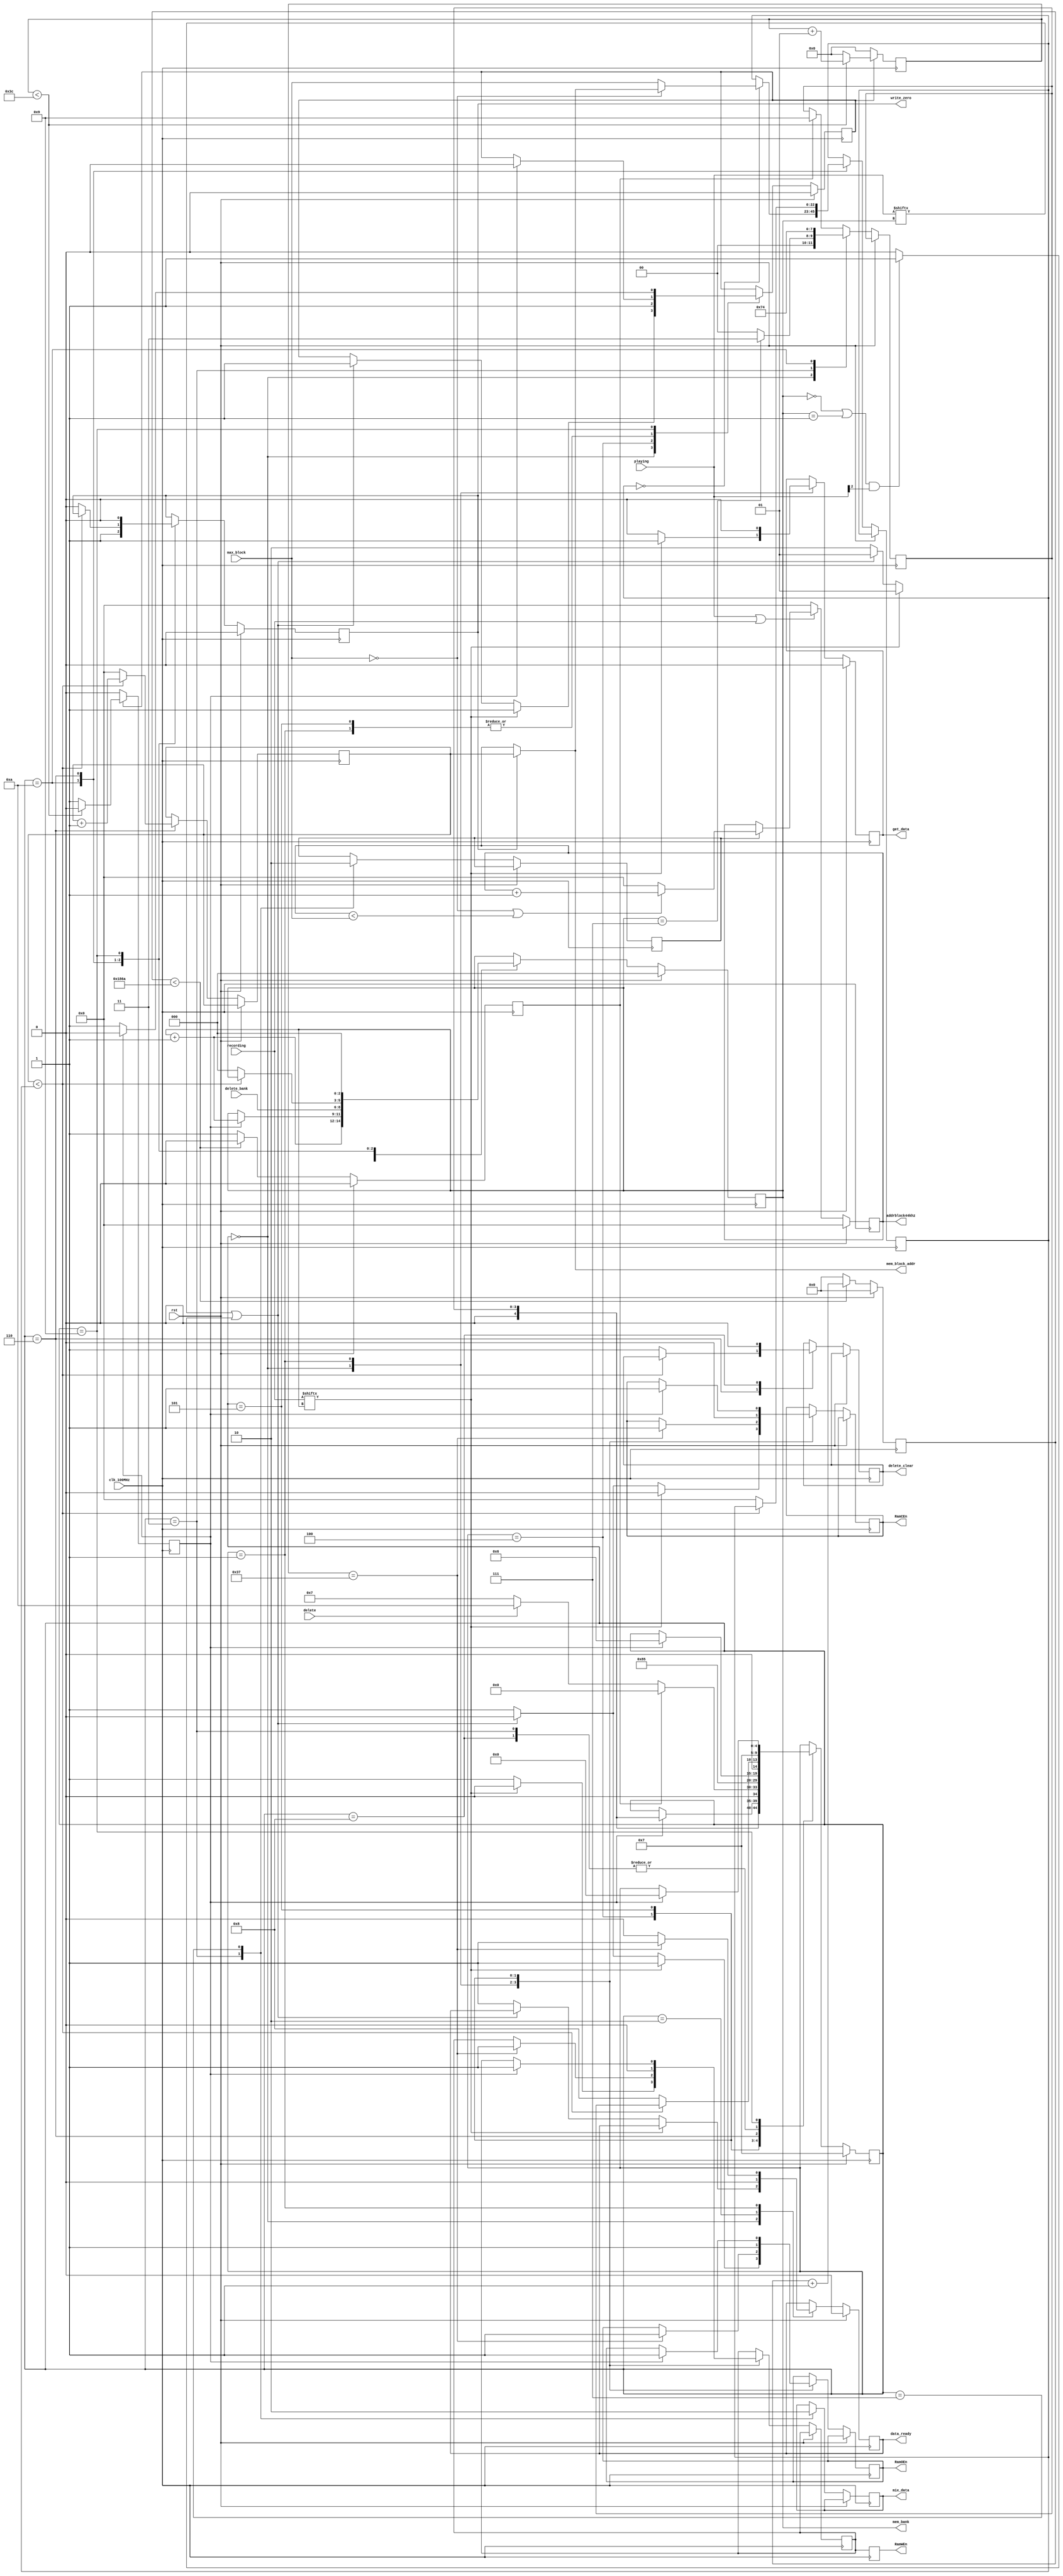
`timescale 1ns / 1ps
//////////////////////////////////////////////////////////////////////////////////
// Company: 
// Engineer: 
// 
// Design Name: 
// Module Name: mem_ctrl
// Project Name: 
// Target Devices: 
// Tool Versions: 
// Description: 
// 
// Dependencies: 
// 
// Revision:
// Revision 0.01 - File Created
// Additional Comments:
// 
//////////////////////////////////////////////////////////////////////////////////


module mem_ctrl(

    input clk_100MHz,
    input rst,
    
    
    input [7:0] playing,
    
    input [7:0] recording,
    
    input delete,
    input [2:0] delete_bank,
    
    input [22:0] max_block,
    
    output reg delete_clear,
    
    output reg RamCEn,
    output reg RamOEn,
    output reg RamWEn,
    output reg write_zero,
    output reg get_data,
    output reg data_ready,
    output reg mix_data,
    
    output reg [22:0] addrblock44khz,
    output [22:0] mem_block_addr,
    output reg [2:0] mem_bank

);    
    
    initial delete_clear = 0;
    initial write_zero = 0;    
    initial get_data = 0;  
    initial data_ready = 0;
    initial mix_data=0;
    initial mem_bank=0;
    initial addrblock44khz = 0;
    
    //State machine states
    parameter BANK = 4'b0000;
    parameter FLAG = 4'b0010;
    parameter BANK_ACK = 4'b0001;
    parameter INC_BLOCK = 4'b0011;
    parameter WAIT = 4'b0111;
    parameter DELETE = 4'b0100;
    parameter DELETE_ACK = 4'b0101;
    parameter DELETE_INC = 4'b0110;
    parameter ONECYCLE = 4'b1000;
    parameter ENTERDELETE = 4'b1010;
    parameter LEAVEDELETE = 4'b1001;
    
    parameter MHz44cnt = 6250;//2268; 44.1k
//parameter MHz44cnt = 200;
    wire address_enable;
    assign address_enable = playing || recording;
    reg [12:0] count=0;
    
    reg [4:0]pstate = WAIT;
    reg [3:0] nstate = BANK;
    reg delay_done = 0;
    reg counterEnable=0;
    reg increment=0;
    reg pulse=0;
    integer counter = 0;
    reg [22:0] max_delete_block=0;
    reg [22:0] delete_address=0;
    reg WEn_d1=1;
    
    assign mem_block_addr = (write_zero==0) ? addrblock44khz : delete_address;// Mem_block address is driven to delete_address only if write_zero is on
   
   //Generates a 44.1Khz pulse
always @ (posedge(clk_100MHz))begin
    if(rst == 1)begin
        count <= 0;
        pulse <= 0;
    end
    else if( count < MHz44cnt)begin
        count <= count + 1;
        pulse <= 0;
    end
    else begin //count is at max, triggers every 44.1KHz
        pulse <= 1; //trigger pulse
        count <= 0;//reset count
    end      
end
    
    //44Khz block incrementer
always @ (posedge(clk_100MHz)) begin
    if (rst==1)addrblock44khz<=0;
    else if (address_enable==0)addrblock44khz<=0;
    else if(increment==1)begin
        if(max_block==0 || addrblock44khz < max_block)
            addrblock44khz <= addrblock44khz + 1;
        else
            addrblock44khz <= 0;
    end
end
    
    
always @(posedge(clk_100MHz))begin
    RamWEn<=WEn_d1;
end
wire mixbank;
assign mixbank = ((mem_bank == 0 || mem_bank == 1 ) && playing[2] == 1) ? 1'b1 : 1'b0;        
always @ (posedge clk_100MHz)
begin
    if (rst == 1)begin
        pstate <= WAIT;
        counterEnable <= 0;
        write_zero <= 0;
        get_data<=0;
        data_ready<=0;
        mem_bank<=0;
        end
    else begin
    if (pulse==1)nstate<=LEAVEDELETE;
    case (pstate)
    /////////////////////////BANK 0
        BANK : begin
            if(mem_bank==7)nstate<=INC_BLOCK;//Last mem_bank
            else nstate <= BANK;  
            if(recording[mem_bank] == 1)begin
                get_data <= 1;
                counterEnable <= 1;
                RamCEn<=0;
                RamOEn<=1;
                WEn_d1<=0;
                pstate<=BANK_ACK;
            end
            else if(playing[mem_bank] == 1 || mixbank)begin
                get_data<=0;
                RamCEn <= 0;
                RamOEn <= 0;
                WEn_d1 <= 1;
                counterEnable <= 1;
                pstate<=BANK_ACK;
            end
            else begin
                get_data<=0;
                RamCEn <= 1;
                RamOEn <= 1;
                WEn_d1 <= 1;
                data_ready <= 1;
                pstate <= FLAG;
            end            
        end
        
        FLAG : begin
            data_ready <= 0;
            mem_bank <= mem_bank + 1;//Increment bank by 1 after data_ready pulse
            pstate <= nstate;
        end
        
        BANK_ACK : begin
            get_data<=0;//Turn off get_data pulse
            if (counter==55)begin //At 55 clock cycles, send data_ready pulse, turn off memory signals
                data_ready<=1;
                RamCEn<=1;
                RamOEn<=1;
                WEn_d1<=1;
            end
            else data_ready<=0;//data_ready pulse stays low
            if(delay_done == 1)begin//Delay is done, go to next bank
                pstate <= nstate;
                mem_bank <= mem_bank + 1;//Increment bank by 1
                counterEnable <= 0;
             end
        end
        
        INC_BLOCK: begin
            increment <= 1;
            mix_data<=1;
            nstate <= WAIT;
            pstate <= WAIT;
        end
        
    /////////////////////////Wait
        WAIT: begin
            mix_data <= 0;
            increment <= 0;//Stop incrementing addrblock44khz
            if(pulse == 1)begin
                pstate <= BANK;
            end
            else if(delete == 1)begin
                pstate <= ENTERDELETE;                
            end
            else 
                pstate <= WAIT;
            end
    /////////////////////////Delete Loop
        ENTERDELETE: begin
            if (max_delete_block==0)begin
                if (max_block==0)
                    max_delete_block<=mem_block_addr;
                else
                    max_delete_block<=max_block;
            end
            nstate<=DELETE;
            mem_bank<=delete_bank;//Mem bank to delete_bank
            write_zero <= 1;    //Write a 0 to erase data from memory
            pstate<=DELETE;
        end
        DELETE : begin
            RamCEn <= 0;
            RamOEn <= 1;
            WEn_d1 <= 0; 
            counterEnable <= 1;
            pstate <= DELETE_ACK;
        end
             
        DELETE_ACK : begin
            if(delay_done == 1)begin
                pstate <= DELETE_INC;
                RamCEn <= 1;
                RamOEn <= 1;
                WEn_d1 <= 1;
                counterEnable <= 0;
            end
        end 
         
        DELETE_INC : begin
            if(delete_address < max_delete_block)begin//Not done erasing
                delete_address<=delete_address+1;
                pstate <= nstate;//Will either go to DELETE, or will go to LEAVEDELETE if a pulse was triggered during erasing
            end
            else begin//Done erasing! 
                delete_clear <= 1; //Flag to clear the delete signal
                delete_address<=0;
                write_zero<=0;
                max_delete_block<=0; 
                mem_bank<=0;    
                pstate <= ONECYCLE;  
            end  
        end 
                     
        ONECYCLE: begin //To kill the delete_clear pulse
           delete_clear<=0;
           pstate <=WAIT;
        end
        
        LEAVEDELETE: begin
            mem_bank<=0;
            write_zero<=0;
            counterEnable<=1;
            if(delay_done==1)begin
                counterEnable<=0;
                pstate<=BANK;
            end
        end
    endcase 
     
   end //end resetn
end         
 
 
 
 //delay
 

 

 
 always @(posedge clk_100MHz)begin
    if(counterEnable==0)begin
        counter <= 0;
        delay_done <= 0;
    end
    
    else if(counter < 60) begin
        counter <= counter + 1;
        delay_done <= 0;
    end
    
    else begin
        counter <= 0;
        delay_done <= 1;
    end
   end     
   
    
endmodule